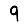
Digit: 9